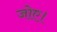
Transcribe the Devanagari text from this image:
जोए।